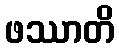
ဖဿာတိ